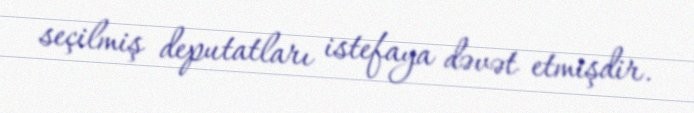
seçilmiş deputatları istefaya dəvət etmişdir.